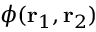
\phi ( \mathbf { r } _ { 1 } , \mathbf { r } _ { 2 } )